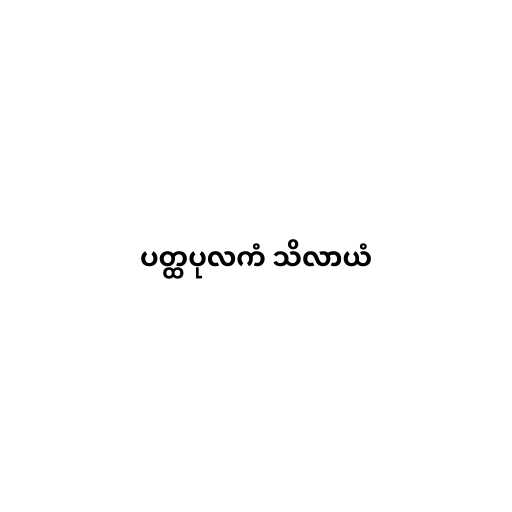
ပတ္ထပုလကံ သိလာယံ